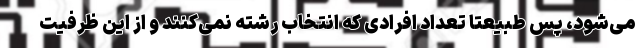
می‌شود، پس طبیعتا تعداد افرادی که انتخاب رشته نمی‌کنند و از این ظرفیت